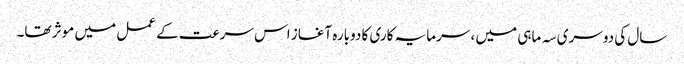
سال کی دوسری سہ ماہی میں ، سرمایہ کاری کا دوبارہ آغاز اس سرعت کے عمل میں موثر تھا۔